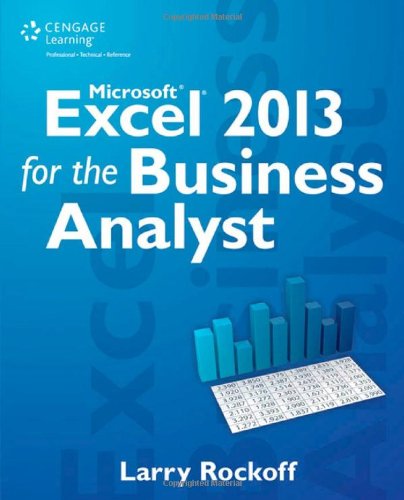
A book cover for Microsoft Excel 2013 for the Business Analyst; Larry Rockoff; Business & Money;